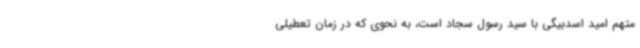
متهم امید اسدبیگی با سید رسول سجاد است، به نحوی که در زمان تعطیلی